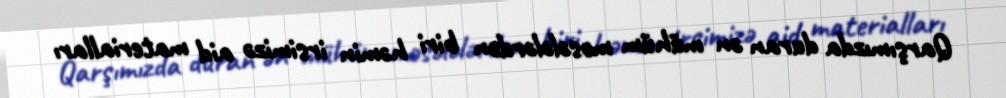
Qarşımızda duran ən mühüm məsələlərdən biri həmin irsimizə aid materialları